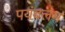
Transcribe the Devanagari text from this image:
पयंबलम